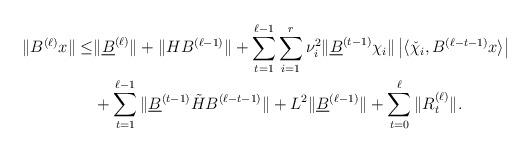
LaTeX: \begin{align*} \|B^{(\ell)}x\|\leq &\|\underline{B}^{(\ell)}\|+\|HB^{(\ell-1)}\|+ \sum_{t=1}^{\ell-1}\sum_{i=1}^r\nu_i^2\|\underline{B}^{(t-1)}\chi_i\| \left| \langle \check{\chi}_i, B^{(\ell-t-1)} x\rangle \right|\\ &+\sum_{t=1}^{\ell-1} \|\underline{B}^{(t-1)}\tilde{H} B^{(\ell-t-1)}\|+L^2\|\underline{B}^{(\ell-1)}\|+\sum_{t=0}^{\ell} \|R_t^{(\ell)}\|.\end{align*}